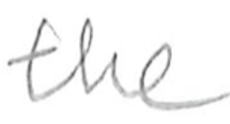
Text: the
Cross-out: clean
Writing tool: pencil